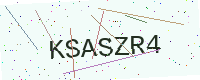
Text: KSASZR4